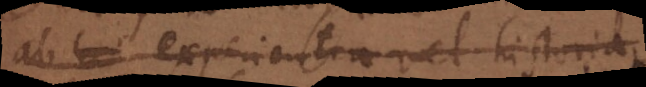
his experientia vel historia